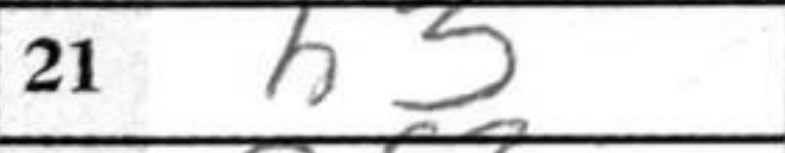
Transcription: h3